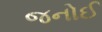
જનોઈ